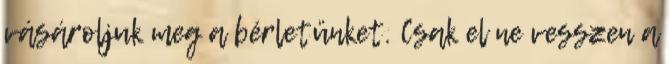
vásároljuk meg a bérletünket. Csak el ne vesszen a